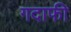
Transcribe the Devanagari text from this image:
गदाफी